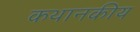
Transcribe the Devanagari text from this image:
कथानकीय